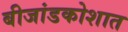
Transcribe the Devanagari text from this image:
बीजांडकोशात